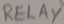
Text: RELAY